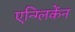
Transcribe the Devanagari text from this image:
एन्ग्लिकेंन